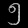
Digit: ၅